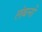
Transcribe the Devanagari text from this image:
लंबनों